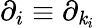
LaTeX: \partial_{i}\equiv\partial_{\mathit{k}_{i}}